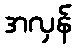
အလှန်